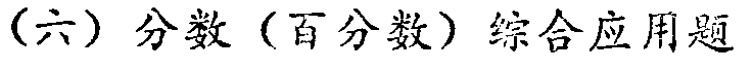
（六）分数（百分数）综合应用题